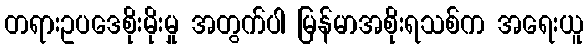
တရားဥပဒေစိုးမိုးမှု အတွက်ပါ မြန်မာအစိုးရသစ်က အရေးယူ